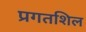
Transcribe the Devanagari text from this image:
प्रगतशिल